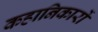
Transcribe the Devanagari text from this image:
कहानिकारों